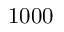
1 0 0 0